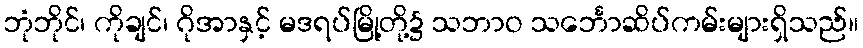
ဘုံဘိုင်၊ ကိုချင်၊ ဂိုအာနှင့် မဒရပ်မြို့တို့၌ သဘာဝ သင်္ဘောဆိပ်ကမ်းများရှိသည်။